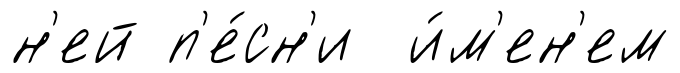
н'ей п'е́сн'и и́м'ен'ем